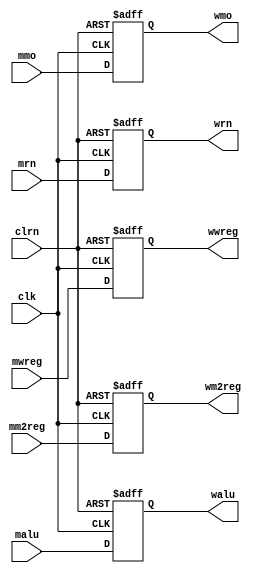
module pipemwreg (mwreg,mm2reg,mmo,malu,mrn,clk,clrn,
                wwreg,wm2reg,wmo,walu,wrn);

    input [31:0] mmo, malu;
    input [4:0] mrn;
    input       mwreg,mm2reg;
    input       clk,clrn;
    output  [31:0] wmo,walu;
    output  [4:0]  wrn;
    output      wwreg,wm2reg;
    reg [31:0]  wmo,walu;
    reg [4:0]   wrn;
    reg         wwreg,wm2reg;

    always @ (negedge clrn or posedge clk)
        if (clrn == 0) begin
            wwreg <= 0;
            wm2reg <= 0;
            wmo <= 0;
            walu <= 0;
            wrn <= 0;
        end else begin
            wwreg <= mwreg;
            wm2reg <= mm2reg;
            wmo <= mmo;
            walu <= malu;
            wrn <= mrn;
        end

endmodule